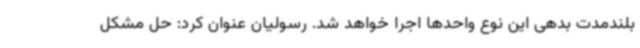
بلندمدت بدهی این نوع واحدها اجرا خواهد شد. رسولیان عنوان کرد: حل مشکل